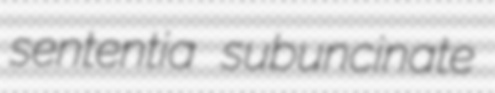
sententia subuncinate